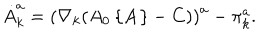
LaTeX: \dot { A } _ { k } ^ { a } = \left( \nabla _ { k } ( A _ { 0 } \left\{ { \bf A } \right\} - C ) \right) ^ { a } - \pi _ { k } ^ { a } .